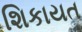
શિકાયત